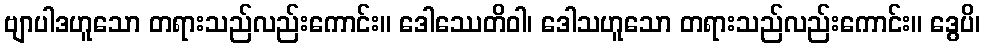
ဗျာပါဒဟူသော တရားသည်လည်းကောင်း။ ဒေါဿေတိဝါ၊ ဒေါသဟူသော တရားသည်လည်းကောင်း။ ဒွေပိ၊